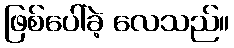
ဖြစ်ပေါ်ခဲ့ လေသည်။